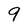
Character: 9